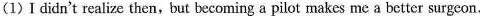
(1)Ididn't realize then,but becoming a pilot makes me a better surgeon.